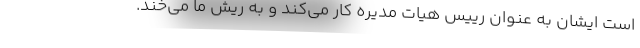
است ایشان به عنوان رییس هیات مدیره کار می‌کند و به ریش ما می‌خند.